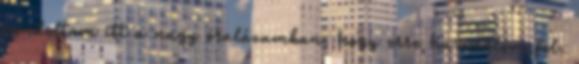
gondoltam itt a nagy óralázamban, hogy erre használom fel.